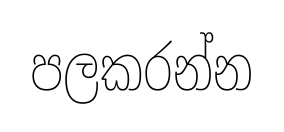
පලකරන්න